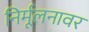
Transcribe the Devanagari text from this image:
निर्मूलनावर